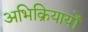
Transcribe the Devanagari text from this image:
अभिक्रियायों